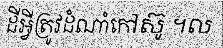
ដីអ្វីត្រូវដំណាំកៅស៊ូ ។ល